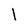
Character: 1